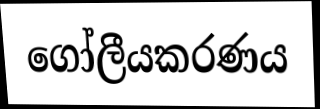
ගෝලීයකරණය